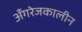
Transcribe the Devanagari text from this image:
अँगरेजकालीन